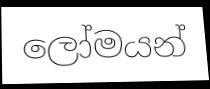
ලෝමයන්